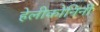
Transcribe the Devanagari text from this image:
हेलीकोनिनी